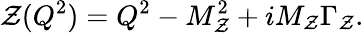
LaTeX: \mathcal{Z}(Q^{2})=Q^{2}-M_{\mathcal{Z}}^{2}+iM_{\mathcal{Z}}\Gamma_{\mathcal{Z}}.